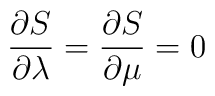
\frac{\partial S}{\partial \lambda }=\frac{\partial S}{\partial \mu }=0